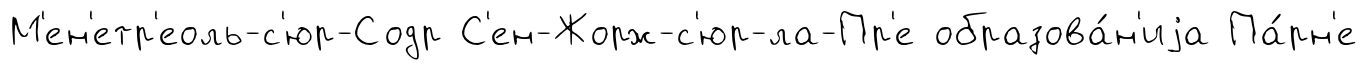
М'ен'етр'еоль-с'юр-Содр С'ен-Жорж-с'юр-ла-Пр'е образова́н'иjа Па́рн'е